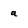
Character: a